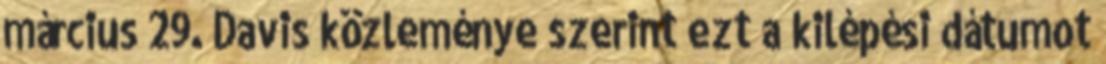
március 29. Davis közleménye szerint ezt a kilépési dátumot